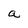
Character: a